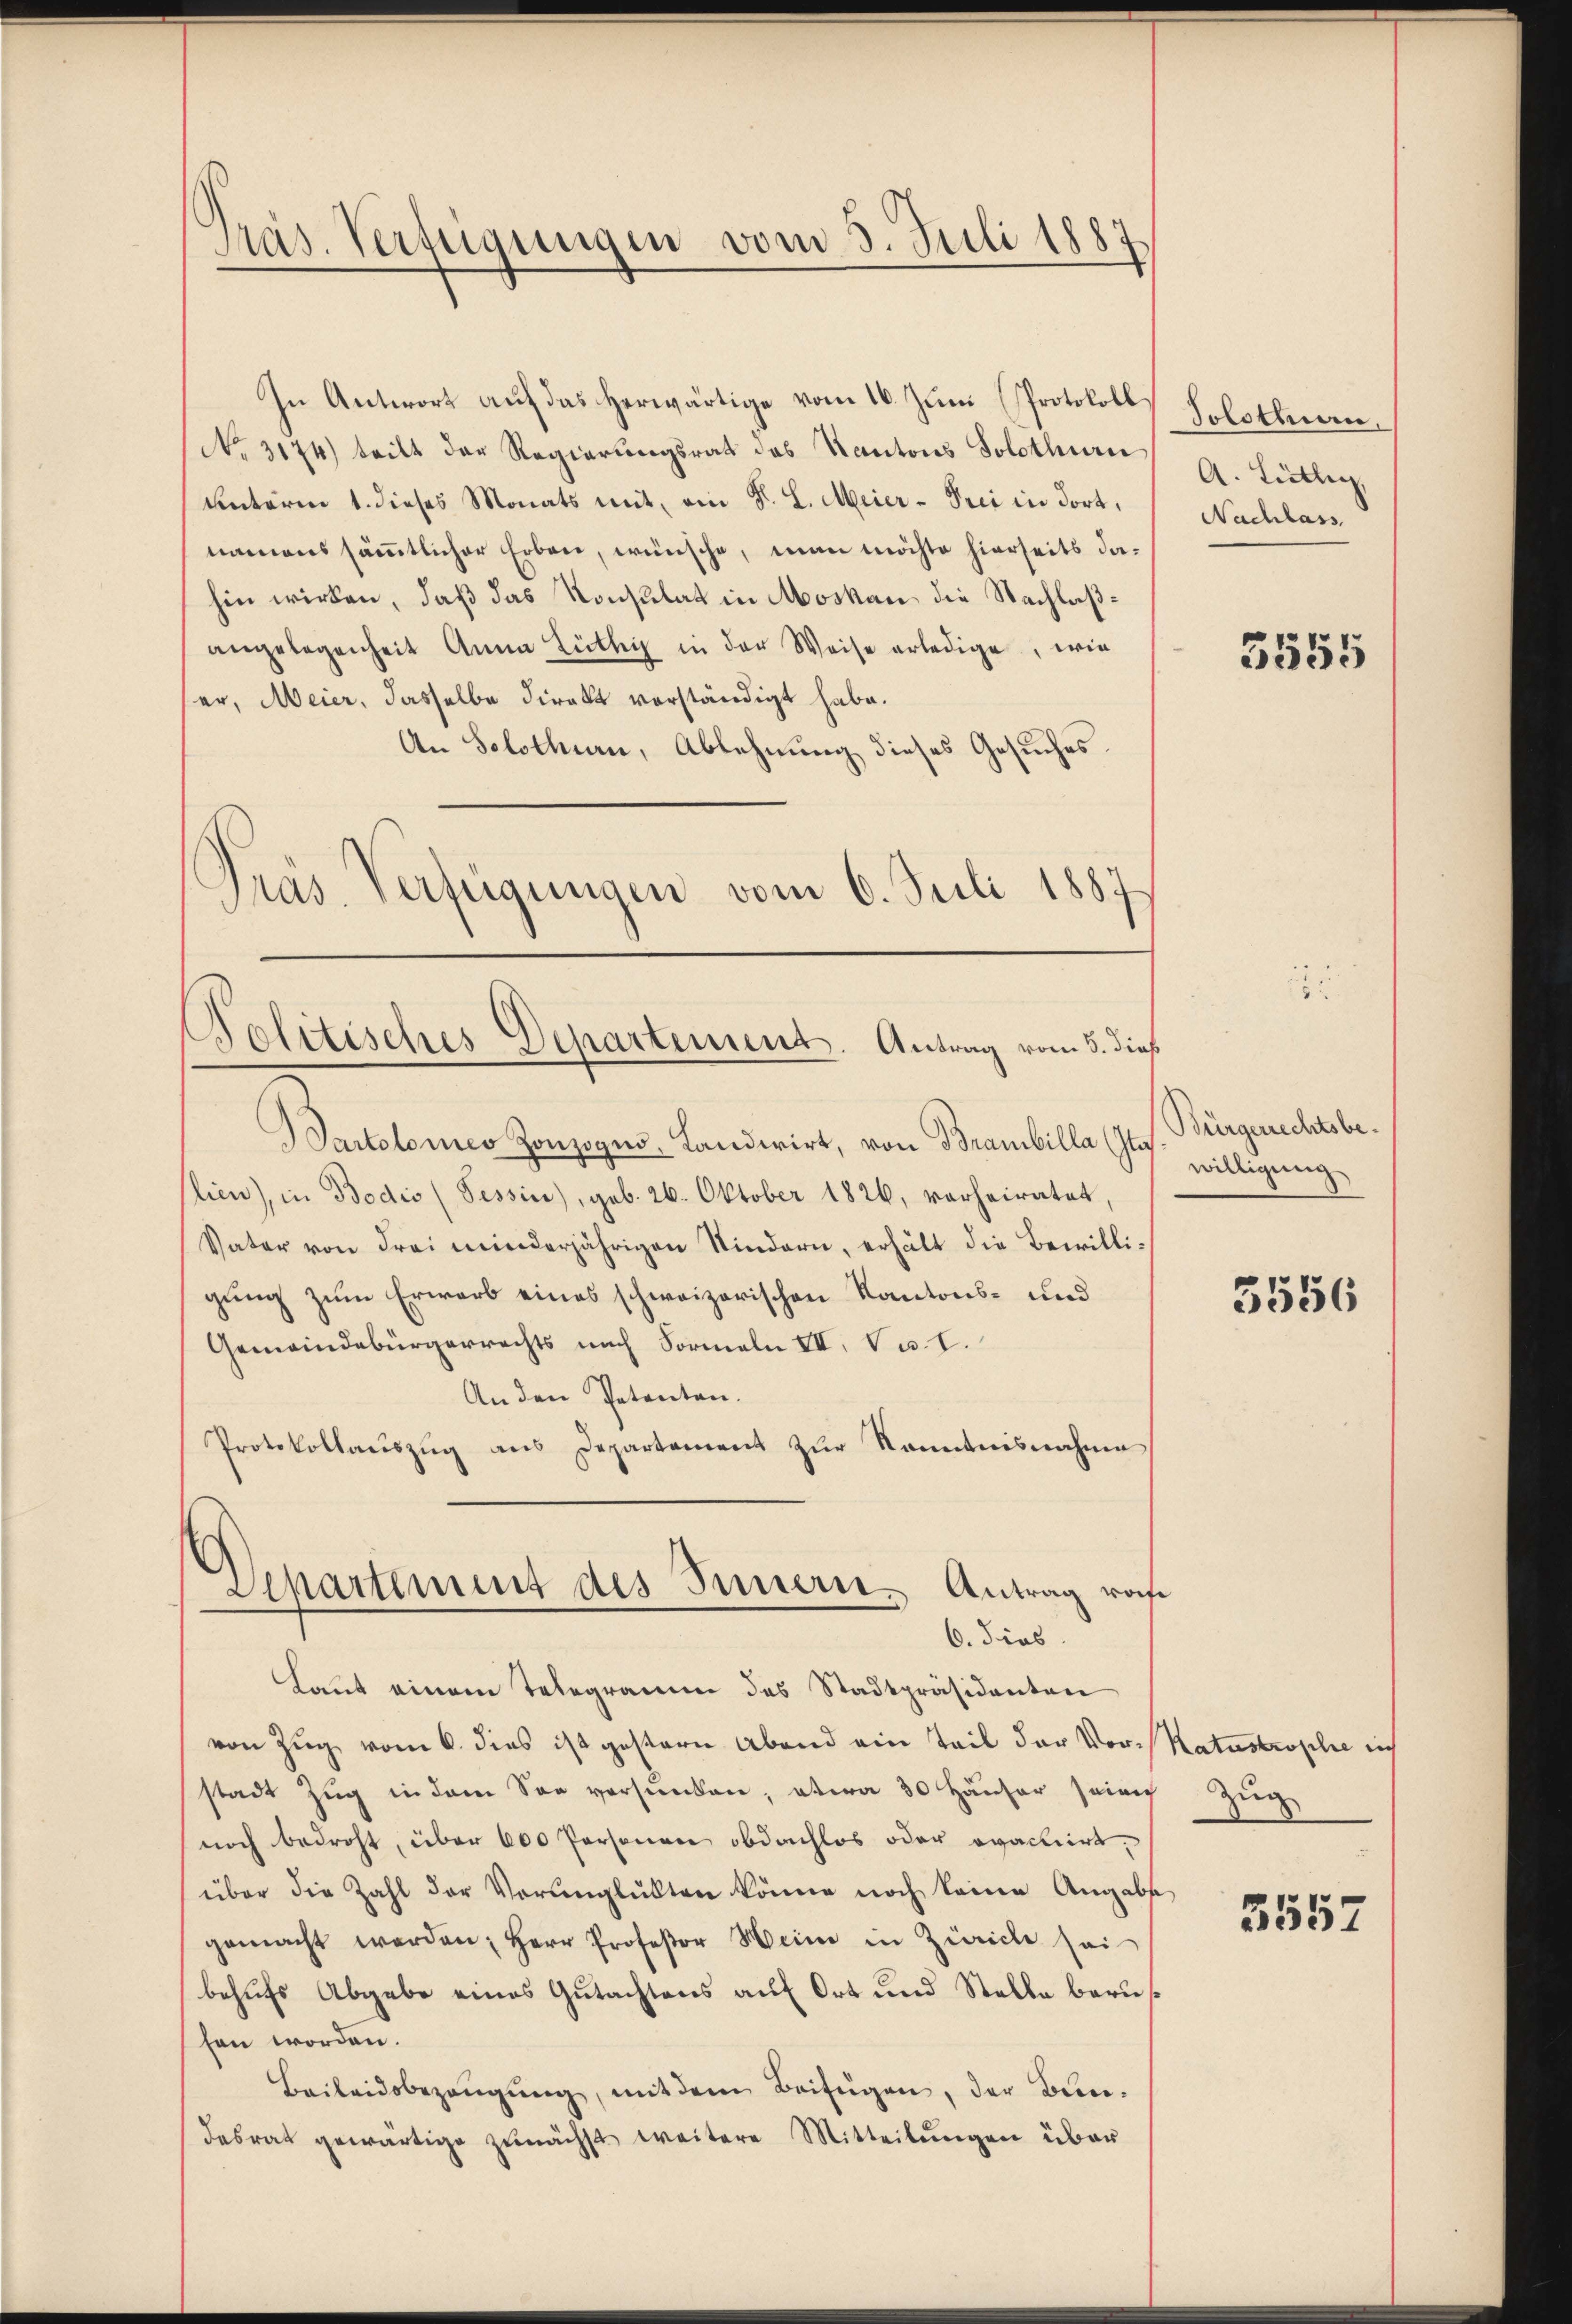
Präs. Verfügungen vom 3. Juli 1887

In Antwort auf das herwärtige vom 16. Juni Protokoll
No. 3174) tritt der Regierungsrat des Kantons Solothurni
Unterm 1. dieses Monats mit, ein P. L. Meier-Prii in dort,
namens sämmtlicher Erben, wünsche, man möchte hierseits dahin wirken, daß das Konsulat in Moskau die Nachlaßangelegenheit Anna Lüthig in der Weise erledige, wie
ser, Meier, dasselbe Direkt verständigt habe.
An Solothurn, Ablehnung dieses Gesuches.
Präs. Verfügungen vom 6. Juli 1887.

Bartolomeo Zonzoges, Landwirt, von Branbilla (Ites. Bürgerrechtsbe¬
Clien), in Bodis (Tessin), geb. 26. Oktober 1826, verheiratet,
Vater von drei minderjährigen Kindern, erhält die Bewilligung zum Erwarb eines schweizerischen Kantons- und
Gemeindebürgerrechts nach Formeln III. V u. I.
An den Petenten.
Protokollaŭszŭg ans Departement zŭr Kenntnisnahme
Laut einem Telegramm des Stadtpräsidenten
von Zug vom 6. dies ist gestern Abend ein Teil der Vor-Katastrophe nich
stadt Zŭg in dem San versŭnden, etwa 30 Häŭser sein Zŭg
noch bedroht, über 600 Personen obdachlos oder ovactiert,
über die Zahl der Verunglükten könne noch keine Angabe
gemacht werden, Herr Professor Meine in Zürich sei
behufs Abgabe eines Gutachtens auf Ort und Stelle berufen worden.
Beileidsbezeugung, mit dem Beifügen, der Beendesrat gewärtige zunächst weitere Mitteilungen über

Politisches Departement. Antrag vom 5. dieß

Departement des Innern. Antrag von
6. dies

Solothurn,
A. Tütlig
Nachlass

3555

willigung

3556

3557